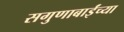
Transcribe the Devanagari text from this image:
सगुणाबाईंच्या